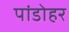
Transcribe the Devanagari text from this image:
पांडोहर